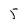
Character: 5